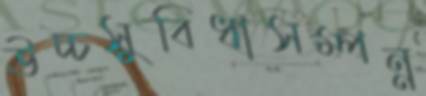
উচ্চসুবিধাসম্পন্ন